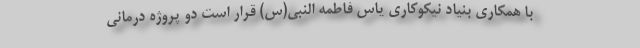
با همکاری بنیاد نیکوکاری یاس فاطمه النبی(س) قرار است دو پروژه درمانی